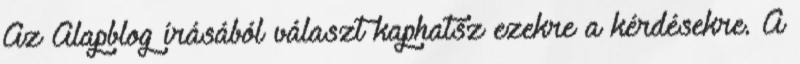
Az Alapblog írásából választ kaphatsz ezekre a kérdésekre. A